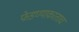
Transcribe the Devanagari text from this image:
फेडण्याकरताच